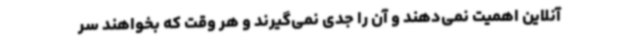
آنلاین اهمیت نمی‌دهند و آن را جدی نمی‌گیرند و هر وقت که بخواهند سر